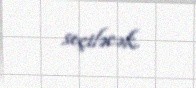
seçiləcək.